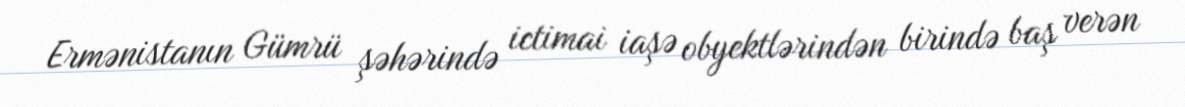
Ermənistanın Gümrü şəhərində ictimai iaşə obyektlərindən birində baş verən